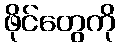
ဖိုင်တွေကို